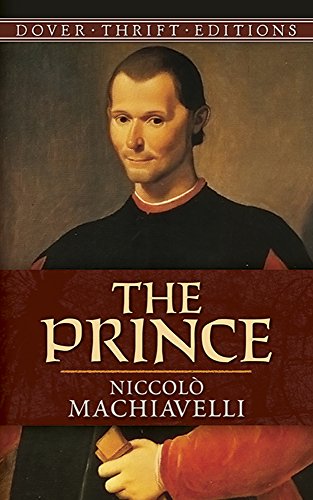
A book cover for The Prince (Dover Thrift Editions); NiccolÃ² Machiavelli; Literature & Fiction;